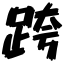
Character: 跨